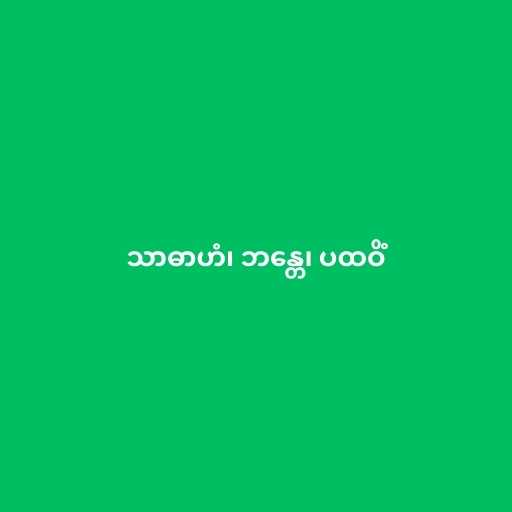
သာဓာဟံ၊ ဘန္တေ၊ ပထဝိံ